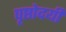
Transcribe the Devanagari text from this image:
पृष्ठोदयी